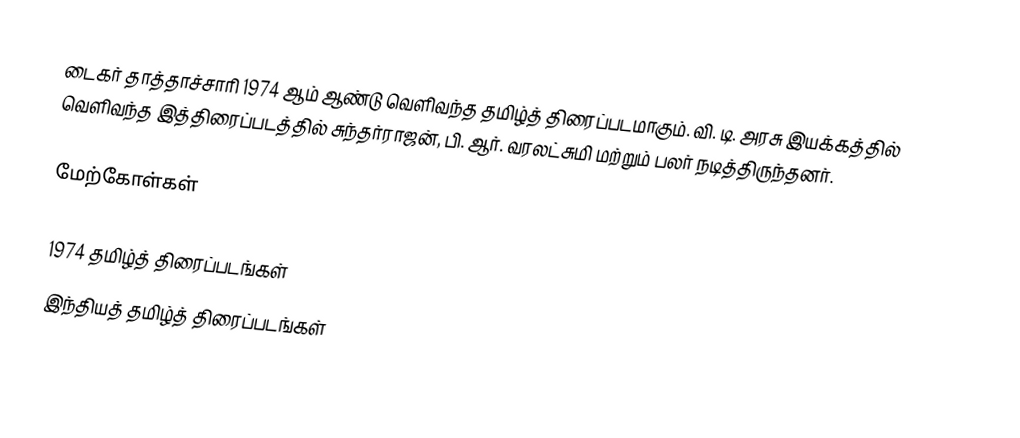
டைகர் தாத்தாச்சாரி 1974 ஆம் ஆண்டு வெளிவந்த தமிழ்த் திரைப்படமாகும். வி. டி. அரசு இயக்கத்தில் வெளிவந்த இத்திரைப்படத்தில் சுந்தர்ராஜன், பி. ஆர். வரலட்சுமி மற்றும் பலர் நடித்திருந்தனர்.

மேற்கோள்கள்

1974 தமிழ்த் திரைப்படங்கள்
இந்தியத் தமிழ்த் திரைப்படங்கள்